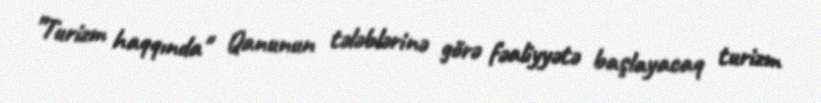
”Turizm haqqında" Qanunun tələblərinə görə fəaliyyətə başlayacaq turizm